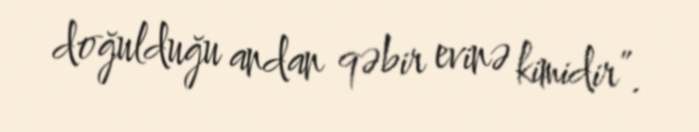
doğulduğu andan qəbir evinə kimidir”.